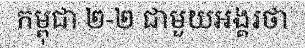
កម្ពុជា ២-២ ជាមួយអង្គរថា